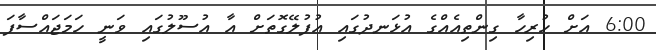
6:00 އަށް ހުރިހާ ގިންތިއެއްގެ އުޅަނދުގައި އުފުލޭގޮތަށް އާ އުސޫލުގައި ވަނީ ހަމަޖައްސާފަ